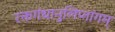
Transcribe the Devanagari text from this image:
रक्तगंधानुलिप्तांगम्